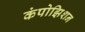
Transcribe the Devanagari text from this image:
कंपोझिशन